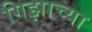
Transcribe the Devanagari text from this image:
गिझाच्या